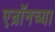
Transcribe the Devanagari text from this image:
एन्रॉनच्या